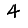
Digit: 4